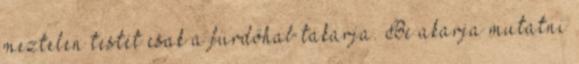
meztelen testét csak a fürdőhab takarja. Be akarja mutatni